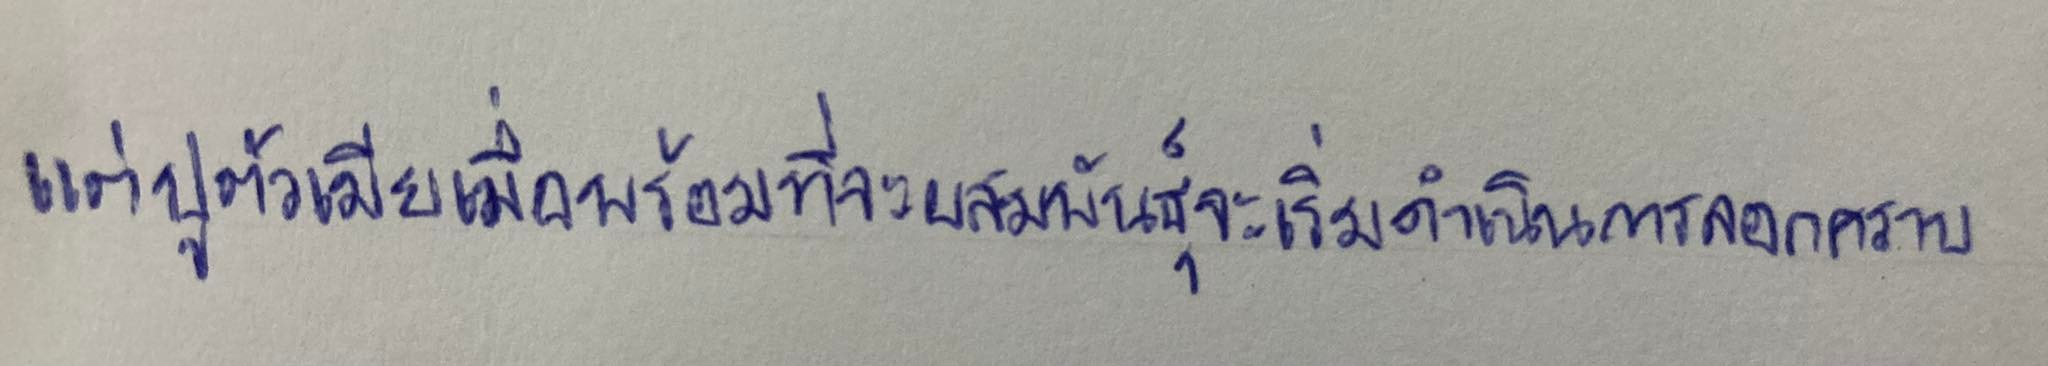
แต่ปูตัวเมียเมื่อพร้อมที่จะผสมพันธุ์จะเริ่มดำเนินการลอกคราบ